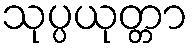
သုပ္ပယုတ္တာ